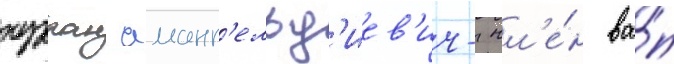
нурлан аманг'ельд'иев'ич- чл'е́н ва́п